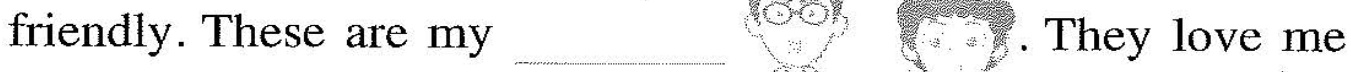
friendly. These are my___ .They love me